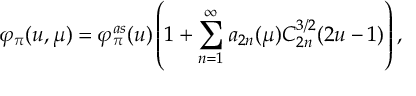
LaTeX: \varphi _ { \pi } ( u , \mu ) = \varphi _ { \pi } ^ { a s } ( u ) \left( 1 + \sum _ { n = 1 } ^ { \infty } a _ { 2 n } ( \mu ) C _ { 2 n } ^ { 3 / 2 } ( 2 u - 1 ) \right) ,